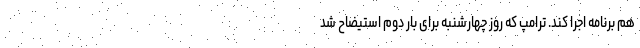
هم برنامه اجرا کند. ترامپ که روز چهارشنبه برای بار دوم استیضاح شد